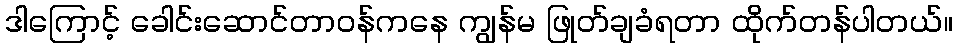
ဒါကြောင့် ခေါင်းဆောင်တာဝန်ကနေ ကျွန်မ ဖြုတ်ချခံရတာ ထိုက်တန်ပါတယ်။